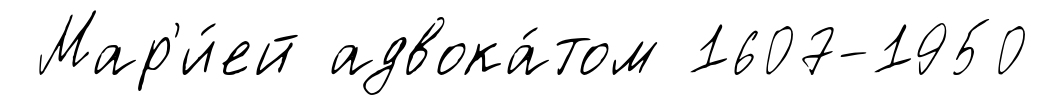
Мар'и́ей адвока́том 1607-1950